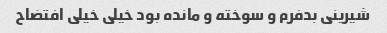
شیرینی بدفرم و سوخته و مانده بود خیلی خیلی افتضاح